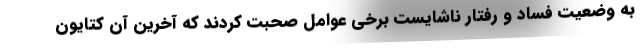
به وضعیت فساد و رفتار ناشایست برخی عوامل صحبت کردند که آخرین آن کتایون